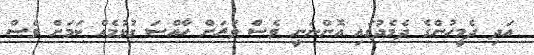
އަދި ދެމީހުންގެ ދެމެދުގައި އޮންނަނީ ވެސް ވަރަށް ހާއްސަ ގުޅުމެއް ކަމަށް ވެސް